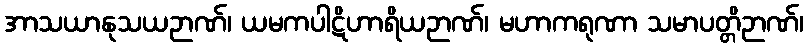
အာသယာနုသယဉာဏ်၊ ယမကပါဋိဟာရိယဉာဏ်၊ မဟာကရုဏာ သမာပတ္တိဉာဏ်၊